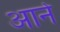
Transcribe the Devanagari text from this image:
आर्ने